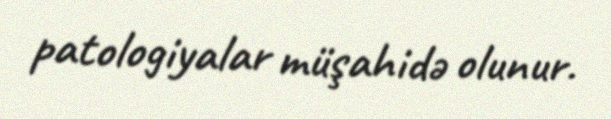
patologiyalar müşahidə olunur.